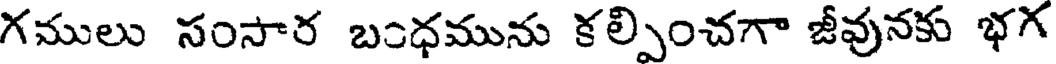
గములు సంసార బంధమును కల్పించగా జీవునకు భగ